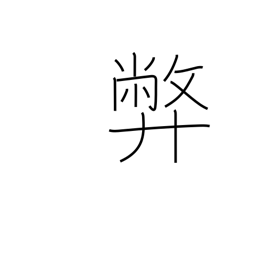
Meaning: vice